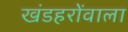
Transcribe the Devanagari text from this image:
खंडहरोंवाला